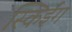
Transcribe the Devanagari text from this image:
स्किईंग